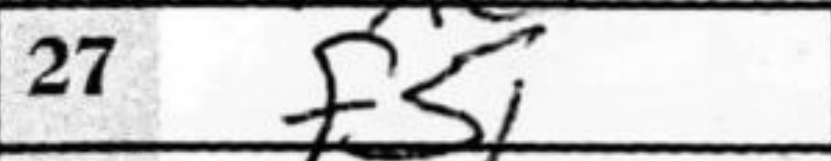
Transcription: f5